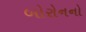
બોરોનનો